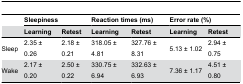
<table><thead><tr><td></td><td colspan="2"><b>Sleepiness</b></td><td colspan="2"><b>Reaction times (ms)</b></td><td colspan="2"><b>Error rate (%)</b></td></tr><tr><td></td><td><b>Learning</b></td><td><b>Retest</b></td><td><b>Learning</b></td><td><b>Retest</b></td><td><b>Learning</b></td><td><b>Retest</b></td></tr></thead><tbody><tr><td> Sleep</td><td>2.35 ± 0.26</td><td>2.18 ± 0.21</td><td>318.05 ± 4.81</td><td>327.76 ± 8.31</td><td>5.13 ± 1.02</td><td>2.94 ± 0.75</td></tr><tr><td> Wake</td><td>2.17 ± 0.20</td><td>2.50 ± 0.22</td><td>330.75 ± 6.94</td><td>332.63 ± 6.93</td><td>7.36 ± 1.17</td><td>4.51 ± 0.80</td></tr></tbody></table>